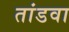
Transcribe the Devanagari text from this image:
तांडवा